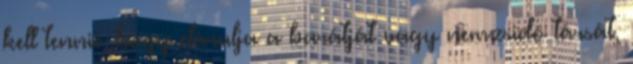
kell tennie, hogy elárulja a barátját vagy nemzsidó társát,